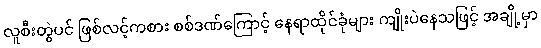
လူစီးတွဲပင် ဖြစ်လင့်ကစား စစ်ဒဏ်ကြောင့် နေရာထိုင်ခုံများ ကျိုးပဲနေသဖြင့် အချို့မှာ